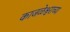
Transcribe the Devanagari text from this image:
काजळेश्वराच्या